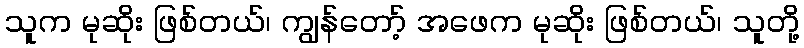
သူက မုဆိုး ဖြစ်တယ်၊ ကျွန်တော့် အဖေက မုဆိုး ဖြစ်တယ်၊ သူတို့